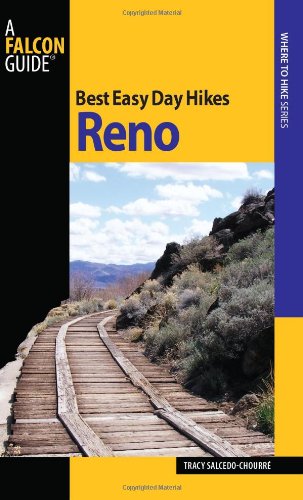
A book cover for Best Easy Day Hikes Reno (Best Easy Day Hikes Series); Tracy Salcedo-ChourrÃ©; Travel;